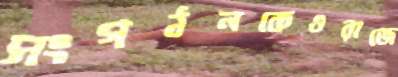
সংগঠনকেওরাজে